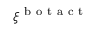
\xi ^ { \mathrm { ~ b ~ o ~ t ~ a ~ c ~ t ~ } }